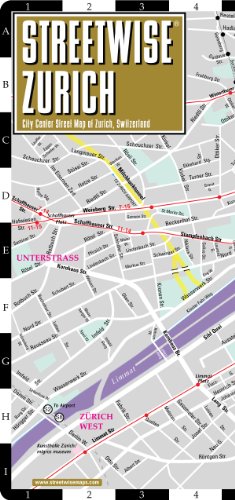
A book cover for Streetwise Zurich Map - Laminated City Center Street Map of Zurich, Switzerland - Folding pocket size travel map with metro map; Streetwise Maps; Travel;